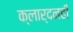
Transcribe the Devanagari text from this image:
क्लार्दनही